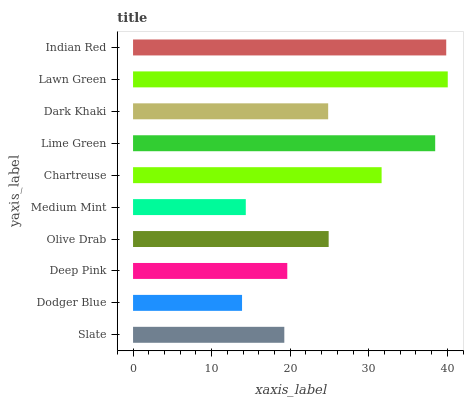
| yaxis_label | bars |
 | --- | --- |
 | Slate | 19.3 |
 | Dodger Blue | 13.9 |
 | Deep Pink | 19.6 |
 | Olive Drab | 24.9 |
 | Medium Mint | 14.3 |
 | Chartreuse | 31.6 |
 | Lime Green | 38.5 |
 | Dark Khaki | 24.8 |
 | Lawn Green | 40.1 |
 | Indian Red | 39.9 |